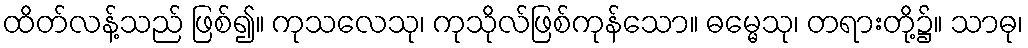
ထိတ်လန့်သည် ဖြစ်၍။ ကုသလေသု၊ ကုသိုလ်ဖြစ်ကုန်သော။ ဓမ္မေသု၊ တရားတို့၌။ သာဓု၊